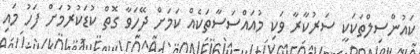
ކައުންސިލްތަކަކީ ސަރުކާރާ ވަކި މުއައްސަސާތަކެއް ކަމަށް ދޭހަވާ ގޮތް ކުޑަކުރުމަށް ފަހު މައި